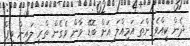
ދެން ކީއްވެގެންތަ އަމިއްލަ އަށް ބޮޑޭ ވާން ވެގެން ތްރީ ލައިން ވިޕް